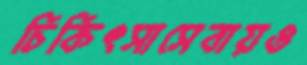
চিকিৎসাসেবায়ও